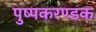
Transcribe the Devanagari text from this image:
पुष्पकरण्डक